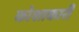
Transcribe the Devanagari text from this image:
कोशाकारी